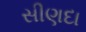
સીણદા